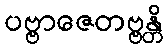
ပဗ္ဗာဇေတဗ္ဗန္တိ